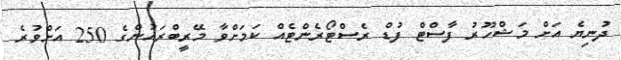
ދުނިޔެ އަށް މަޝްހޫރު ފާސްޓް ފުޑް ރެސްޓޯރެންޓެއް ކަމަށްވާ މޭރީބްރައުންގެ 250 އަށްވުރެ